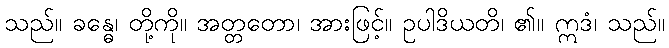
သည်။ ခန္ဓေ၊ တို့ကို။ အတ္တတော၊ အားဖြင့်။ ဥပါဒိယတိ၊ ၏။ ဣဒံ၊ သည်။